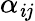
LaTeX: \alpha_{\mathit{i}j}